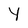
Character: Y